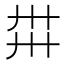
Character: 𢌽